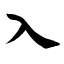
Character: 入